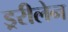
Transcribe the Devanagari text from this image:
ड्ररीलेन